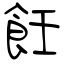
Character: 飪